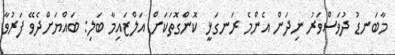
މާބަނޑު ދުވަސްވަރު ނިދަން އެންމެ ރަނގަޅީ ކޮންގޮތަކަށް އަލްޒައިމާ ބަލި: ބައްޔަށްދެވޭ ފަރުވާ